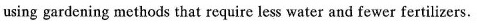
using gardening methods that require less water and fewer fertilizers.